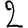
Digit: 2